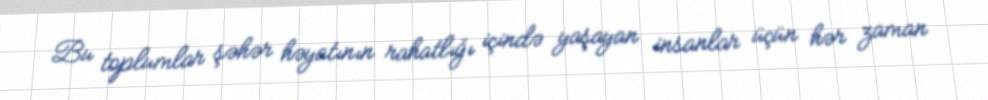
Bu toplumlar şəhər həyatının rahatlığı içində yaşayan insanlar üçün hər zaman